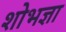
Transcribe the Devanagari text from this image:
शोभज्ञा